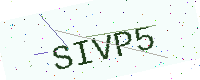
Text: SIVP5